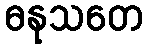
ဓနုသတေ